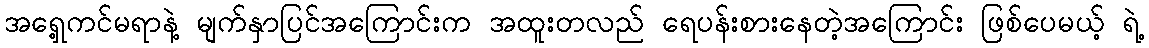
အရှေ့ကင်မရာနဲ့ မျက်နှာပြင်အကြောင်းက အထူးတလည် ရေပန်းစားနေတဲ့အကြောင်း ဖြစ်ပေမယ့် ရဲ့